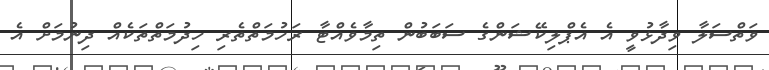
ވަތްސަލާ ވިދާޅުވީ އެ އެޕްލިކޭޝަންގެ ސަބަބުން ތިމާވެއްޓާ ރަހުމަތްތެރި ހިދުމަތްތަކެއް ދިނުމަށް އެ